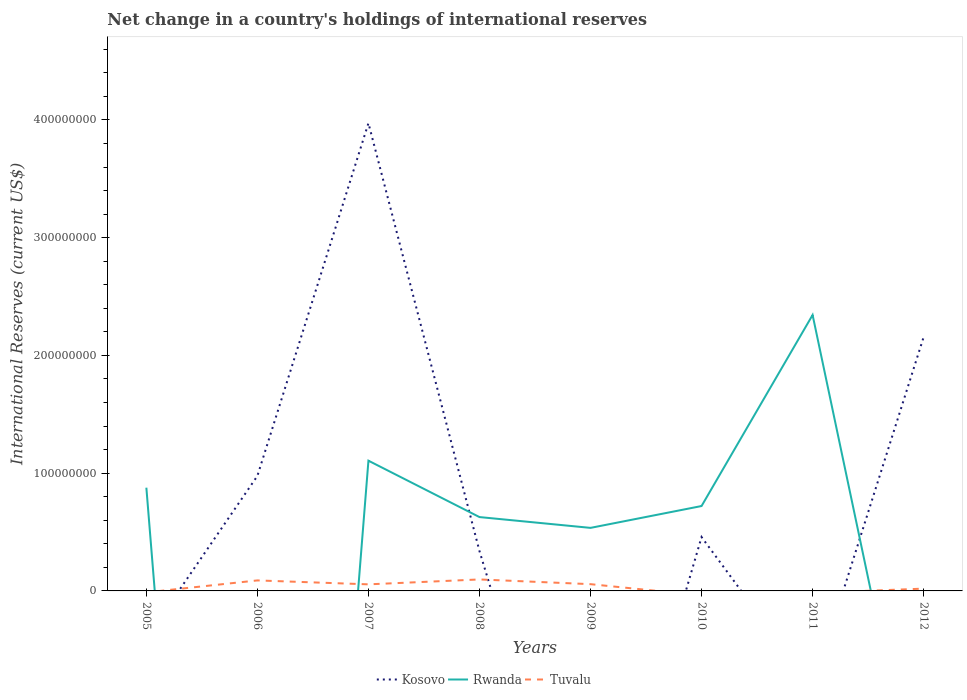
| Years | Kosovo | Rwanda | Tuvalu |
 | --- | --- | --- | --- |
 | 2005 | -4.02e+07 | 8.77e+07 | -1.27e+06 |
 | 2006 | 9.77e+07 | -1.07e+09 | 8.93e+06 |
 | 2007 | 3.97e+08 | 1.11e+08 | 5.58e+06 |
 | 2008 | 3.38e+07 | 6.27e+07 | 9.75e+06 |
 | 2009 | -2.78e+08 | 5.35e+07 | 5.74e+06 |
 | 2010 | 4.57e+07 | 7.21e+07 | -3.82e+06 |
 | 2011 | -8.22e+07 | 2.34e+08 | -1.72e+06 |
 | 2012 | 2.16e+08 | -2.12e+08 | 1.95e+06 |